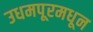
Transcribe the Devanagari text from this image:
उधमपूरमधून